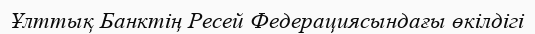
Ұлттық Банктің Ресей Федерациясындағы өкілдігі